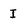
Character: I